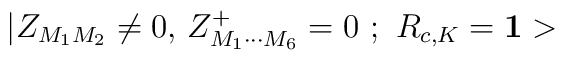
|Z_{M_1M_2}\neq 0,\,Z_{M_1\cdots M_6}^{+}=0\,\,;\,\,R_{c,K}={\bf 1>}